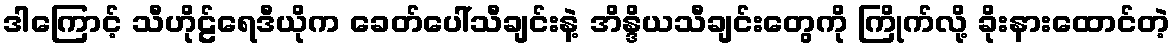
ဒါကြောင့် သီဟိုဠ်ရေဒီယိုက ခေတ်ပေါ်သီချင်းနဲ့ အိန္ဒိယသီချင်းတွေကို ကြိုက်လို့ ခိုးနားထောင်တဲ့